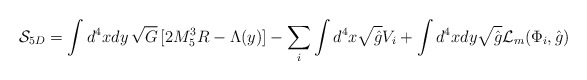
\begin{align*}{\cal S}_{5D}=\int d^4xdy \, \sqrt{G} \, [2M_5^3R-\Lambda(y)]-\sum_i\int d^4x\sqrt{\hat{g}}V_i +\int d^4xdy\sqrt{\hat{g}}{\cal L}_m(\Phi_i,\hat{g})\end{align*}